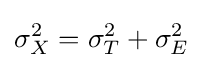
\sigma _{X}^{2}=\sigma _{T}^{2}+\sigma _{E}^{2}